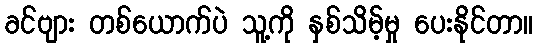
ခင်ဗျား တစ်ယောက်ပဲ သူ့ကို နှစ်သိမ့်မှု ပေးနိုင်တာ။